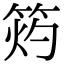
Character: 𥭓